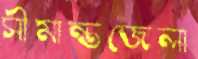
সীমান্তজেলা